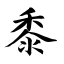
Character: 黍